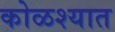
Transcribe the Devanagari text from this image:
कोळश्यात